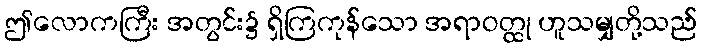
ဤလောကကြီး အတွင်း၌ ရှိကြကုန်သော အရာဝတ္ထု ဟူသမျှတို့သည်